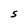
Character: S